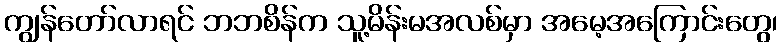
ကျွန်တော်လာရင် ဘဘစိန်က သူ့မိန်းမအလစ်မှာ အမေ့အကြောင်းတွေ၊